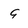
Character: 9